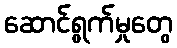
ဆောင်ရွက်မှုတွေ